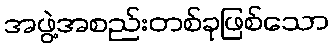
အဖွဲ့အစည်းတစ်ခုဖြစ်သော